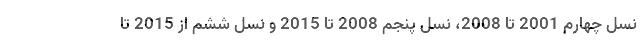
نسل چهارم 2001 تا 2008، نسل پنجم 2008 تا 2015 و نسل ششم از 2015 تا